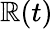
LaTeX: \mathbb{R}(t)